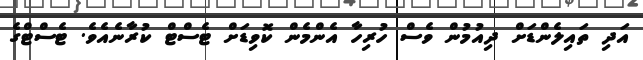
އަދި ތައިލެންޑަށް ދިއުމުން ވެސް ހުރިހާ އެންމެން ކޮވިޑަށް ޓެސްޓް ކުރާނެއެވެ. ޓެސްޓްގެ